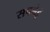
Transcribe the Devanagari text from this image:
सपनेहूँ